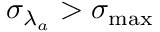
{ \sigma _ { \lambda _ { a } } } > \sigma _ { \mathrm { m a x } }